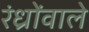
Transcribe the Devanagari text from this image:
रंध्रोंवाले